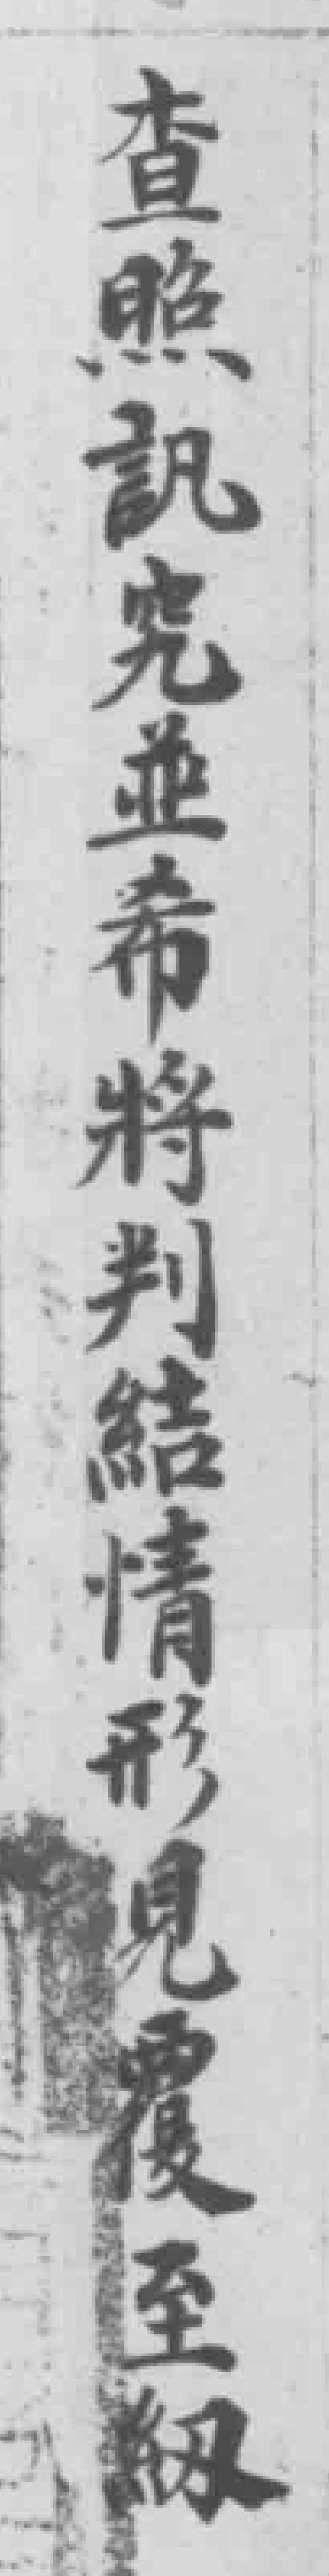
查照訊究並希將判結情形見覆至級